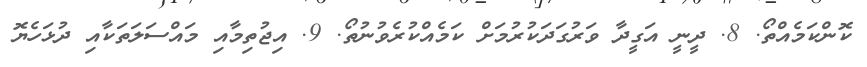
ކޮންކަމެއްތޯ. 8. ދީނީ އަގީދާ ވަރުގަދަކުރުމަށް ކަމެއްކުރެވުނުތޯ. 9. އިޖުތިމާއި މައްސަލަތަކާއި ދުޅަހެޔޮ